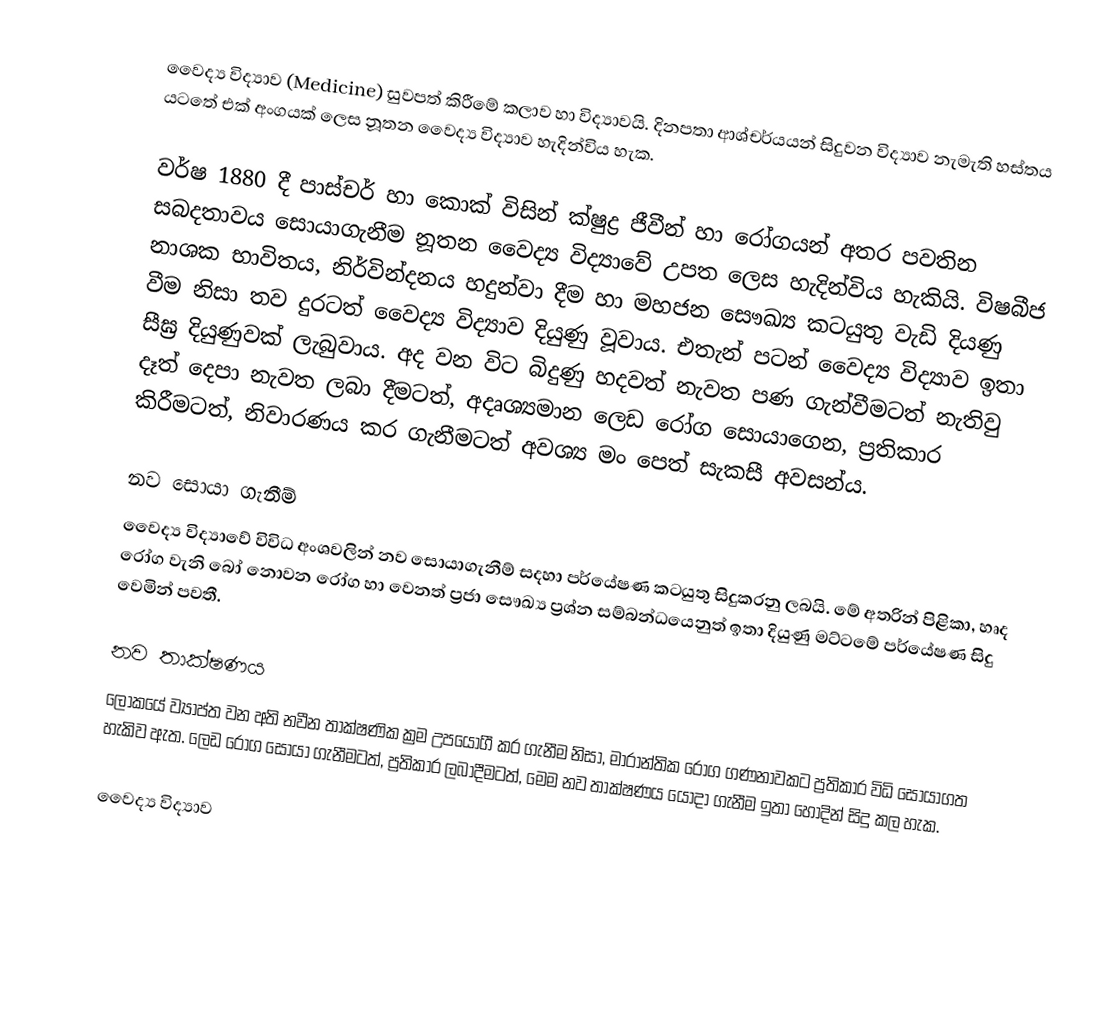
වෛද්‍ය විද්‍යාව (Medicine) සුවපත් කිරීමේ කලාව හා විද්‍යාවයි. දිනපතා ආශ්චර්යයන් සිදුවන විද්‍යාව නැමැති හස්තය යටතේ එක් අංගයක් ලෙස නූතන වෛද්‍ය විද්‍යාව හැදින්විය හැක.

වර්ෂ 1880 දී පාස්චර් හා කොක් විසින් ක්ෂුද්‍ර ජීවීන් හා රෝගයන් අතර පවතින සබදතාවය සොයාගැනීම නූතන වෛද්‍ය විද්‍යාවේ උපත ලෙස හැදින්විය හැකියි. විෂබීජ නාශක භාවිතය, නිර්වින්දනය හදුන්වා දීම හා මහජන සෞඛ්‍ය කටයුතු වැඩි දියණු වීම නිසා තව දුරටත් වෛද්‍ය විද්‍යාව දියුණු වූවාය. එතැන් පටන් වෛද්‍ය විද්‍යාව ඉතා සීඝ්‍ර දියුණුවක් ලැබුවාය. අද වන විට බිදුණු හදවත් නැවත පණ ගැන්වීමටත් නැතිවු දෑත් දෙපා නැවත ලබා දීමටත්, අදෘශ්‍යමාන ලෙඩ රෝග ‍සොයාගෙන, ප්‍රතිකාර කිරීමටත්, නිවාරණය කර ගැනීමටත් අවශ්‍ය මං පෙත් සැකසී අවසන්ය.

නව සොයා ගැනීම්
වෛද්‍ය විද්‍යාවේ විවිධ අංශවලින් නව සොයාගැනීම් සදහා පර්යේෂණ කටයුතු සිදුකරනු ලබයි. මේ අතරින් පිළිකා, හෘද රෝග වැනි බෝ නොවන රෝග හා වෙනත් ප්‍රජා සෞඛ්‍ය ප්‍රශ්න සම්බන්ධයෙනුත් ඉතා දියුණු මට්ටමේ පර්යේෂණ සිදු වෙමින් පවතී.

නව තාක්ෂණය
ලෝකයේ ව්‍යාප්ත වන අති නවීන තාක්ෂණික ක්‍රම උපයෝගී කර ගැනීම නිසා, මාරාන්තික රෝග ගණනාවකට ප්‍රතිකාර විධි සොයාගත හැකිව ඇත. ලෙඩ රෝග සොයා ගැනීමටත්, ප්‍රතිකාර ලබාදීමටත්, මෙම නව තාක්ෂණය යොදා ගැනීම ඉතා හොදින් සිදු කල හැක.

වෛද්‍ය විද්‍යාව